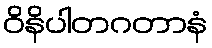
ဝိနိပါတဂတာနံ